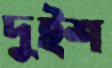
দুইশ